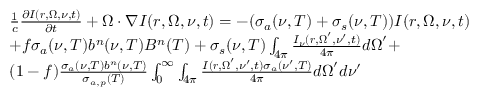
\begin{array} { r l } & { \frac { 1 } { c } \frac { \partial I ( \boldsymbol { r } , \boldsymbol { \Omega } , \nu , t ) } { \partial t } + \boldsymbol { \Omega \cdot \nabla } I ( \boldsymbol { r } , \boldsymbol { \Omega } , \nu , t ) = - ( \sigma _ { a } ( \nu , T ) + \sigma _ { s } ( \nu , T ) ) I ( \boldsymbol { r } , \boldsymbol { \Omega } , \nu , t ) } \\ & { + f \sigma _ { a } ( \nu , T ) b ^ { n } ( \nu , T ) B ^ { n } ( T ) + \sigma _ { s } ( \nu , T ) \int _ { 4 \pi } \frac { I _ { \nu } ( \boldsymbol { r } , \boldsymbol { \Omega } ^ { \prime } , \nu ^ { \prime } , t ) } { 4 \pi } \boldsymbol { d \Omega } ^ { \prime } + } \\ & { ( 1 - f ) \frac { \sigma _ { a } ( \nu , T ) b ^ { n } ( \nu , T ) } { \sigma _ { a , p } ( T ) } \int _ { 0 } ^ { \infty } \int _ { 4 \pi } \frac { I ( \boldsymbol { r } , \boldsymbol { \Omega } ^ { \prime } , \nu ^ { \prime } , t ) \sigma _ { a } ( \nu ^ { \prime } , T ) } { 4 \pi } \boldsymbol { d \Omega } ^ { \prime } d \nu ^ { \prime } } \end{array}